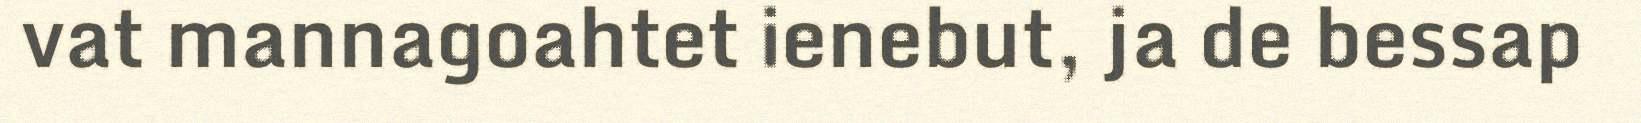
vat mannagoahtet ienebut, ja de bessap